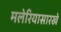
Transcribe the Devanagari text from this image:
मलेरियासारखे